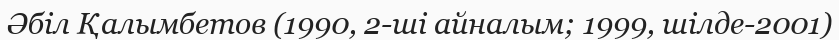
Әбіл Қалымбетов (1990, 2-ші айналым; 1999, шілде-2001)